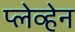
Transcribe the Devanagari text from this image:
प्लेव्हेन